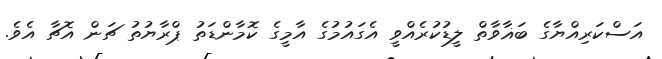
އަސްކަރިއްޔާގެ ބަޣާވާތް ލީޑުކުރެއްވީ އެގައުމުގެ އާމީގެ ކޮމާންޑަތު ޕްރާޔުތު ޗަން އޮޗާ އެވެ.